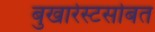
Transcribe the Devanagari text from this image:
बुखारेस्टसोबत